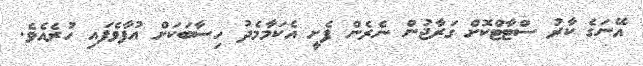
އޭނަގެ ކާރު ސްޓާޓްކޮށް ގަރާޖުން ނެރެން ފެށީ އެކަމާމެދު ހިސާބަކަށް އުފާވެފައި ހުރެއެވެ.